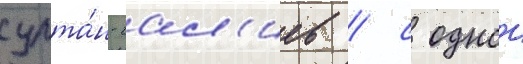
султа́н-гал'иев / с однои